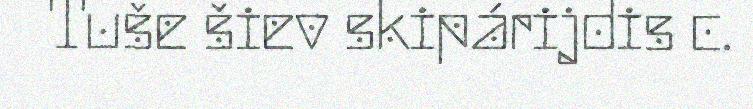
Tuše šiev skipárijdis c.